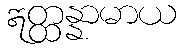
ဣတ္ထန္နာမာယ